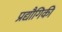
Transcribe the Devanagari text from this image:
प्रद्यौगिकी